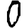
Digit: 0